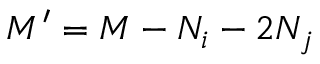
M ^ { \prime } = M - N _ { i } - 2 N _ { j }